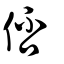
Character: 俖